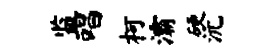
监唱柯灞硬沅